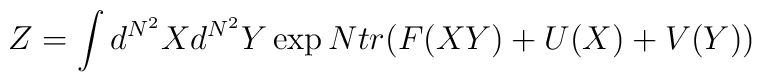
Z=\int d^{N^2}X d^{N^2}Y \exp N tr( F(XY) + U(X) +V(Y) )